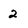
Character: 2